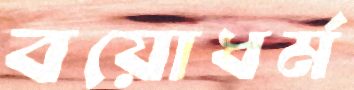
বয়োধর্ম